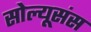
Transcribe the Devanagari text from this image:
सोल्यूसंस